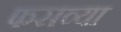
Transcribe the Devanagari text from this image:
फसव्या